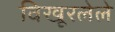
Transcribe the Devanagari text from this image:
विखूरलेले